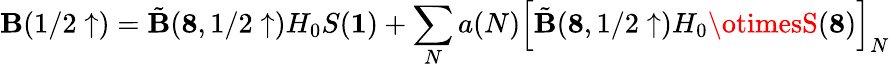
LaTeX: \mathbf{B}(1/2\uparrow)=\tilde{{\mathbf{B}}}({\mathbf{8}},1/2\uparrow)H_{0}S({\mathbf{1}})+\sum_{N}a(N)\left[\tilde{{\mathbf{B}}}({\mathbf{8}},1/2\uparrow)H_{0}\otimesS({\mathbf{8}})\right]_{N}